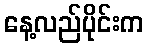
နေ့လည်ပိုင်းက